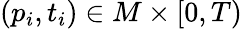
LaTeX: (p_{i},t_{i})\in M\times[0,T)